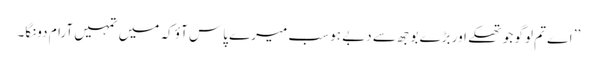
’’ اے تم لوگو جو تھکے اور بڑے بوجھ سے دبے ہو سب میرے پاس آؤ کہ میں تمہیں آرام دونگا۔